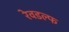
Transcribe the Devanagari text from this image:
रेवडल्फ